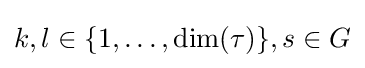
k,l\in \{1,\ldots ,\dim(\tau )\},s\in G